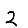
Digit: 2